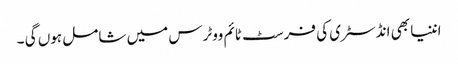
اننیا بھی انڈسٹری کی فرسٹ ٹائم ووٹرس میں شامل ہوں گی ۔